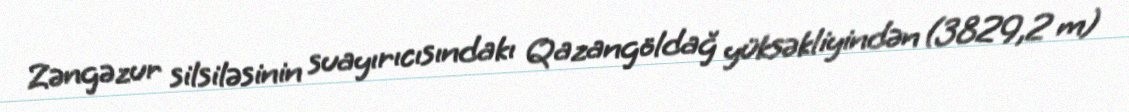
Zəngəzur silsiləsinin suayırıcısındakı Qazangöldağ yüksəkliyindən (3829,2 m)